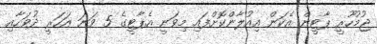
ޖުމުހޫރީ ޕާޓީން އެކަން އިއުލާންކޮށްފައި މިވަނީ އެޕާޓީގެ 5 ވަނަ އަހަރީ ދުވަހާއި